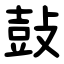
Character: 鼔